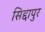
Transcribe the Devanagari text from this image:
सिद्दापुर